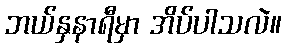
ဘယ်နှနာရီမှာ အိပ်ပါသလဲ။